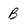
Character: B